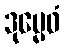
ဒုမ္မေဓံ